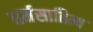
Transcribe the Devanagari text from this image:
धर्मसाहित्य